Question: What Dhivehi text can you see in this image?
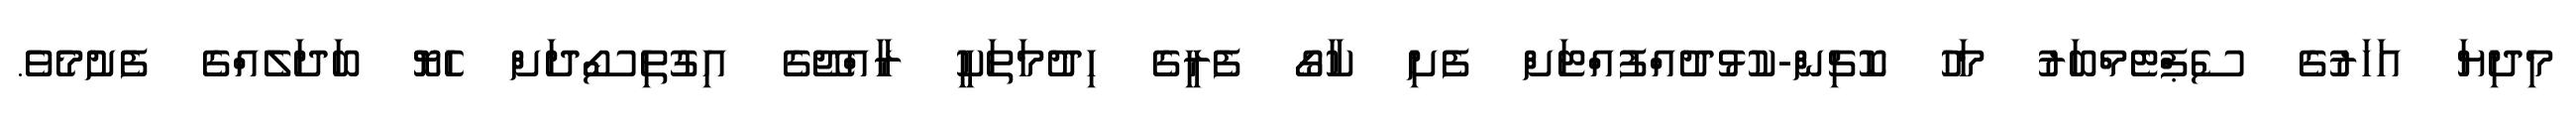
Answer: މިދިޔަ އަހަރުގެ ސެޕްޓެމްބަރު މަހު ކޮޗިން-ކުޅުދުއްފުއްޓަށް ފެށި ކާގޯ ފެރީގެ ހިދުމަތަކީ ރާއްޖޭގެ އިގުތިސޯދަށް ހެޔޮ ބަދަލެއްގެ ފެށުމެވެ.